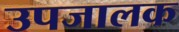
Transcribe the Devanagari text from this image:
उपजालक